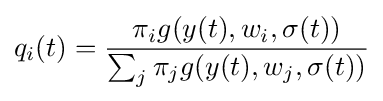
q_{i}(t)={\frac {\pi _{i}g(y(t),w_{i},\sigma (t))}{\sum _{j}\pi _{j}g(y(t),w_{j},\sigma (t))}}